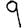
Digit: 9